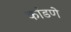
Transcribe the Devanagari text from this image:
कांडणे